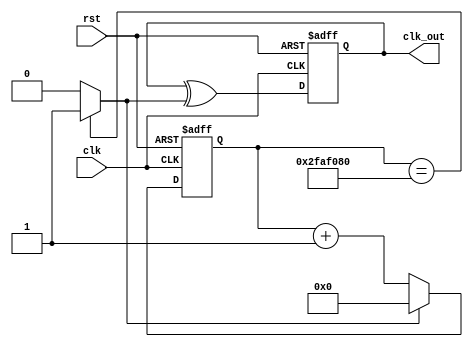
`timescale 1ns / 1ps
//////////////////////////////////////////////////////////////////////////////////
// Company: 
// Engineer: 
// 
// Design Name: 
// Module Name: freq_div
// Project Name: 
// Target Devices: 
// Tool Versions: 
// Description: 
// 
// Dependencies: 
// 
// Revision:
// Revision 0.01 - File Created
// Additional Comments:
// 
//////////////////////////////////////////////////////////////////////////////////


module freq_div(clk_out,clk,rst);
    
output reg  clk_out;
input clk;
input rst;

    reg [25:0] cnt;
    reg [25:0] cnt_tmp1;
    reg [25:0] cnt_tmp2;
    reg cmp;
    reg clk_tmp;

//1Hz    
    always@*
    begin
    clk_tmp = clk_out ^ cmp;
    cnt_tmp1 = cnt + 1'b1;
    end
    
    always@*
    if(cnt==26'd50000000) cmp = 1;
    else cmp = 0;
    
    always@*
    if(cmp) cnt_tmp2 = 26'd0;
    else cnt_tmp2 = cnt_tmp1;
    
    always@(posedge clk or posedge rst)
    if(rst)
    begin
        cnt <= 26'd0;
        clk_out <= 1'b0;
    end
    else
    begin
        cnt <= cnt_tmp2;
        clk_out <= clk_tmp;
    end   
        
endmodule